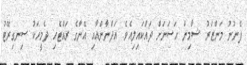
ފެނުނު މަންޒަރު ޝާމިން ހަސަނަށް ދައްކައިލިއެވެ. އަދްނާންއާއި އޭނާގެ ރައްޓެހި ދެމީހަކު ސިނގިރޭޓު